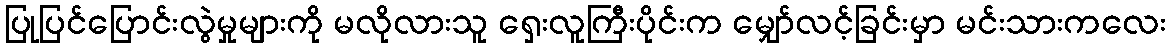
ပြုပြင်ပြောင်းလွဲမှုများကို မလိုလားသူ ရှေးလူကြီးပိုင်းက မျှော်လင့်ခြင်းမှာ မင်းသားကလေး